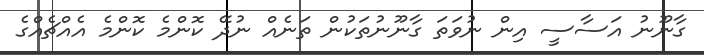
ގާނޫނު އަސާސީ އިން ނުވަތަ ގާނޫނުތަކުން ތަނެއް ނުދޭ ކޮންމެ ކޮންމެ އެއްޗެއްގެ